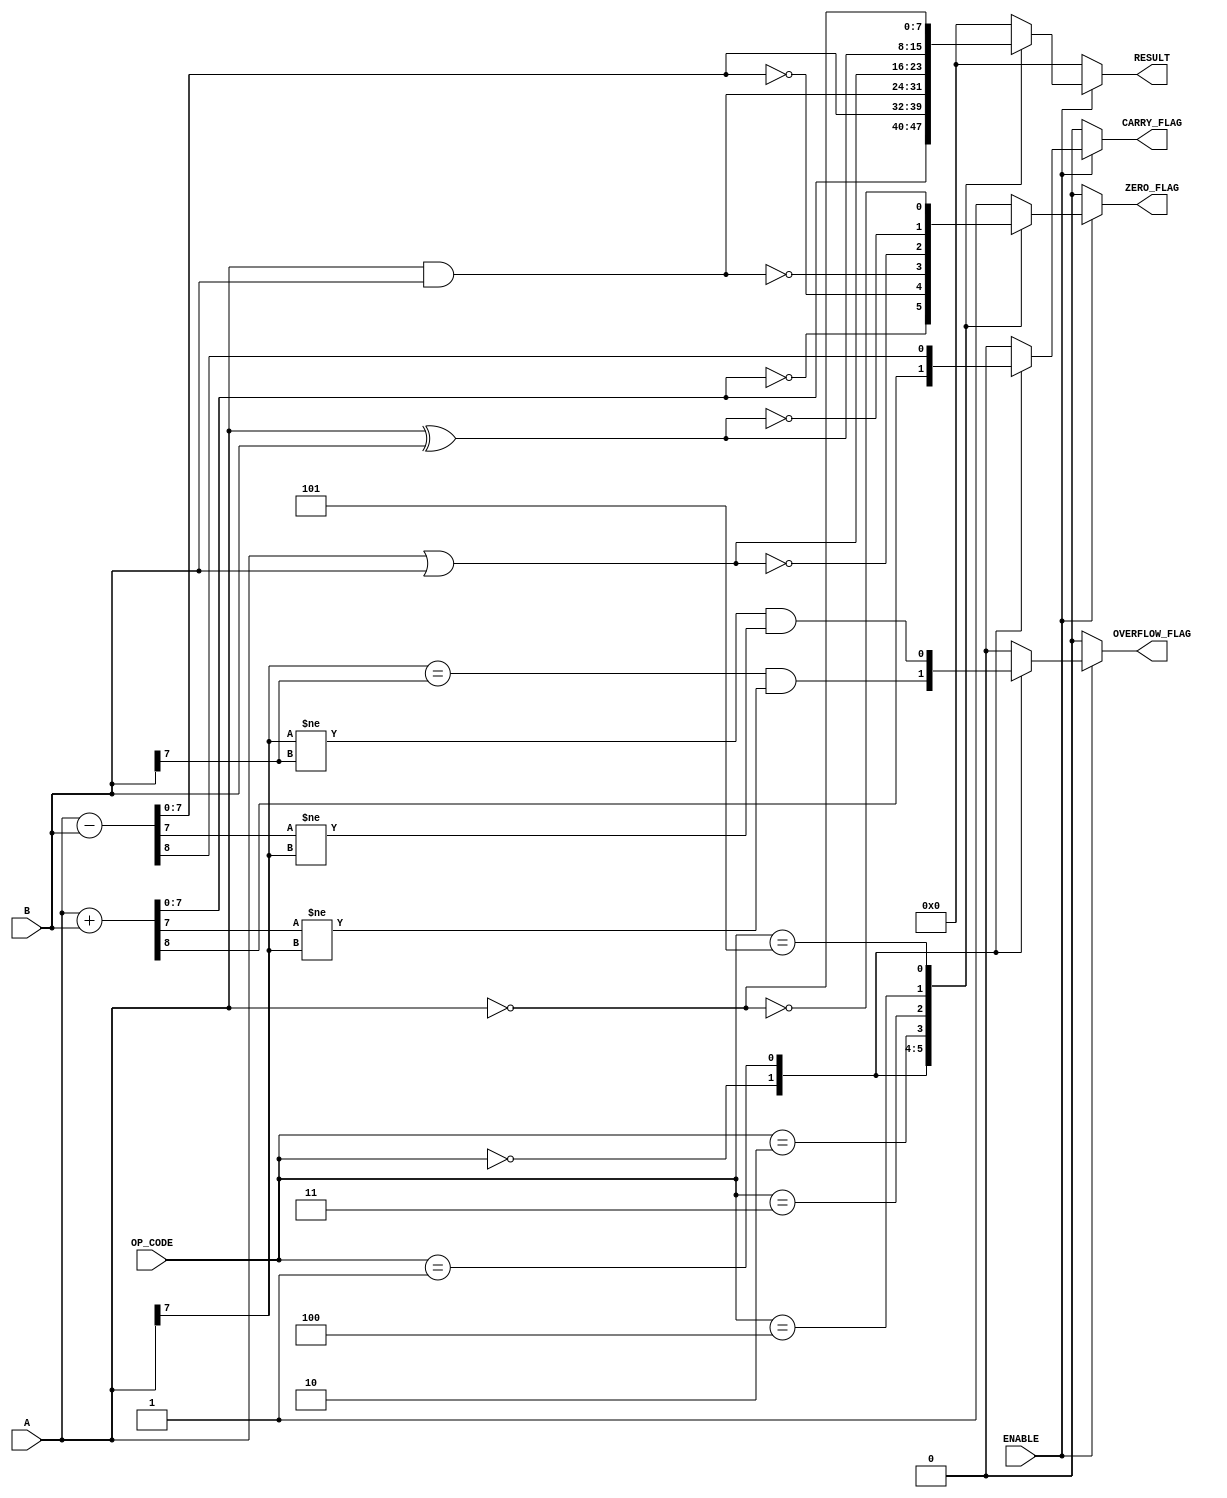
module parameterized_alu #(
    parameter DATA_WIDTH = 8,
    parameter OPERATION_MODE = 4 // Adjust this based on the number of operations
)(
    input  wire [DATA_WIDTH-1:0] A,        // Input operand A
    input  wire [DATA_WIDTH-1:0] B,        // Input operand B
    input  wire [OPERATION_MODE-1:0] OP_CODE, // Control signal for operation selection
    input  wire ENABLE,                     // Enable signal
    output reg  [DATA_WIDTH-1:0] RESULT,   // Result output
    output reg  ZERO_FLAG,                  // Zero flag
    output reg  CARRY_FLAG,                 // Carry flag
    output reg  OVERFLOW_FLAG                // Overflow flag
);

    // Operation codes
    localparam ADD      = 4'b0000;
    localparam SUBTRACT = 4'b0001;
    localparam AND      = 4'b0010;
    localparam OR       = 4'b0011;
    localparam XOR      = 4'b0100;
    localparam NOT      = 4'b0101; // Unitary operation
    // Add more operations as needed...

    always @(*) begin
        if (!ENABLE) begin
            // Default output when not enabled
            RESULT = {DATA_WIDTH{1'b0}};
            ZERO_FLAG = 1'b0;
            CARRY_FLAG = 1'b0;
            OVERFLOW_FLAG = 1'b0;
        end else begin
            case (OP_CODE)
                ADD: begin
                    {CARRY_FLAG, RESULT} = A + B; // Carry out in MSB
                    ZERO_FLAG = (RESULT == 0);
                    OVERFLOW_FLAG = (A[DATA_WIDTH-1] == B[DATA_WIDTH-1]) && (RESULT[DATA_WIDTH-1] != A[DATA_WIDTH-1]);
                end
                SUBTRACT: begin
                    {CARRY_FLAG, RESULT} = A - B; // On underflow, CARRY_FLAG will be set
                    ZERO_FLAG = (RESULT == 0);
                    OVERFLOW_FLAG = (A[DATA_WIDTH-1] != B[DATA_WIDTH-1]) && (RESULT[DATA_WIDTH-1] != A[DATA_WIDTH-1]);
                end
                AND: begin
                    RESULT = A & B;
                    ZERO_FLAG = (RESULT == 0);
                    CARRY_FLAG = 1'b0; // Logic operations do not generate carry or overflow
                    OVERFLOW_FLAG = 1'b0;
                end
                OR: begin
                    RESULT = A | B;
                    ZERO_FLAG = (RESULT == 0);
                    CARRY_FLAG = 1'b0;
                    OVERFLOW_FLAG = 1'b0;
                end
                XOR: begin
                    RESULT = A ^ B;
                    ZERO_FLAG = (RESULT == 0);
                    CARRY_FLAG = 1'b0;
                    OVERFLOW_FLAG = 1'b0;
                end
                NOT: begin
                    RESULT = ~A; // Assume A is used, B is ignored
                    ZERO_FLAG = (RESULT == 0);
                    CARRY_FLAG = 1'b0;
                    OVERFLOW_FLAG = 1'b0;
                end
                default: begin
                    RESULT = {DATA_WIDTH{1'b0}};
                    ZERO_FLAG = 1'b1; // Default to zero for unknown operations
                    CARRY_FLAG = 1'b0;
                    OVERFLOW_FLAG = 1'b0;
                end
            endcase
        end
    end
endmodule